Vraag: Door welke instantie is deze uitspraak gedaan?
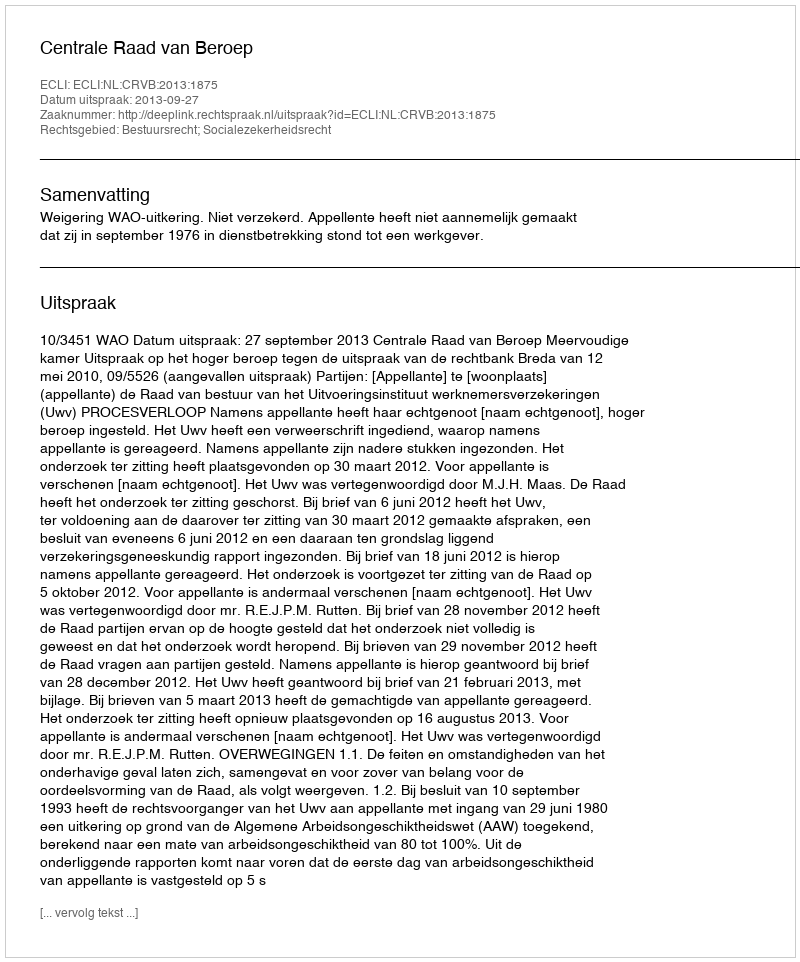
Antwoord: Centrale Raad van Beroep